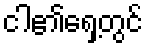
ငါ၏ရှေ့တွင်